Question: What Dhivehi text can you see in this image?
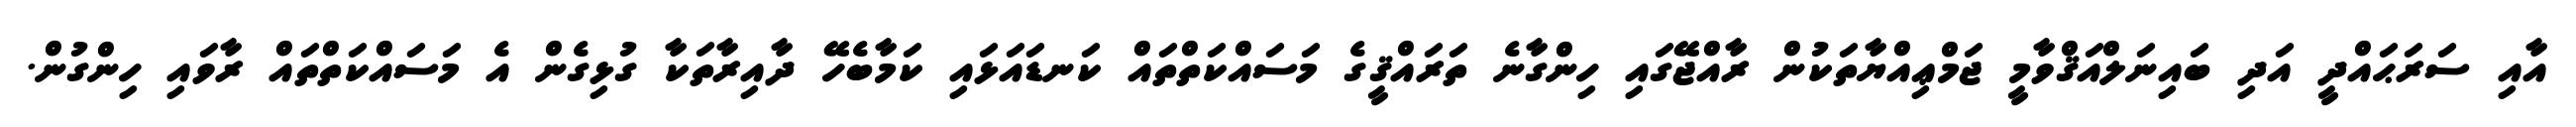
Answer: އާއި ސަރަޙައްދީ އަދި ބައިނަލްއަޤްވާމީ ޖަމްޢިއްޔާތަކުން ރާއްޖޭގައި ހިންގާނެ ތަރައްޤީގެ މަސައްކަތްތައް ކަނޑައަޅައި ކަމާބެހޭ ދާއިރާތަކާ ގުޅިގެން އެ މަސައްކަތްތައް ރާވައި ހިންގުން.